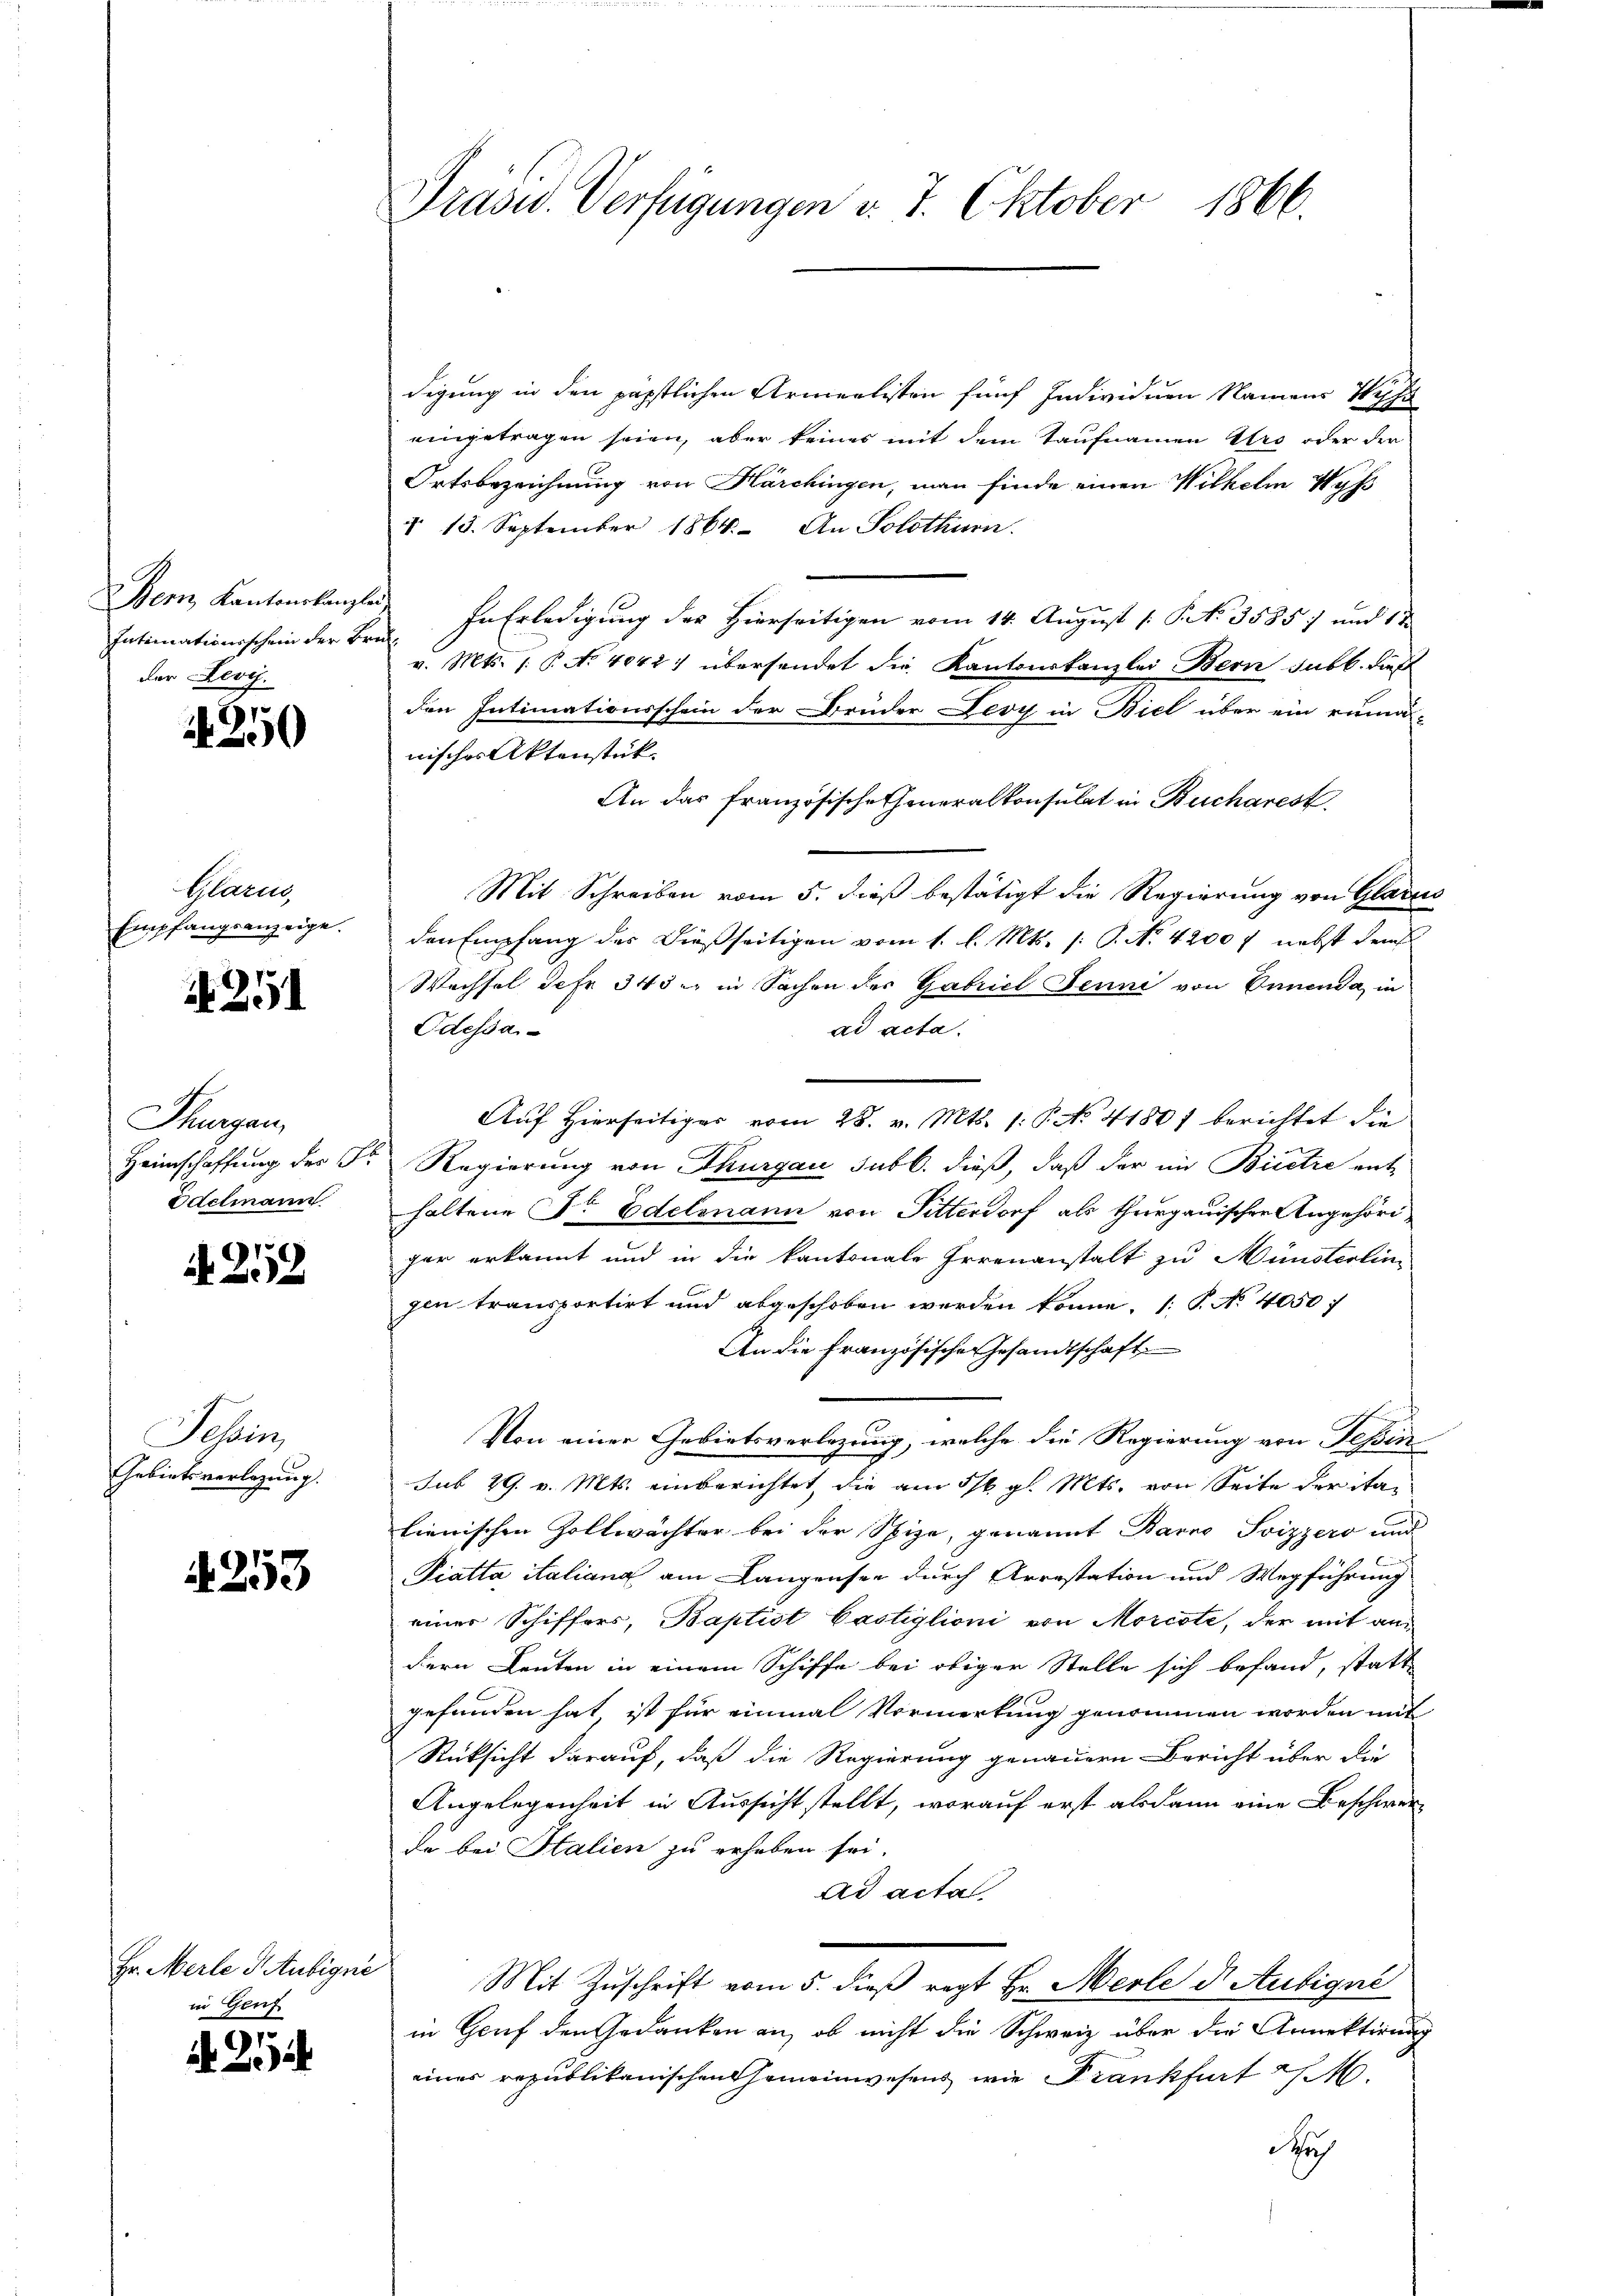
Bern, Kantonskanzle
Intimationsschein der Br.
der Leve

1250

Glarus
Empfangsanzeige.

25

Thurgau,
Heimschaffung des G
Odelmann

A 212

Tessin,
Gebietsverlegung.

A 253

Hr. Merle Haubigne
in Genf

.
2

Präsid. Verfügungen v. 7. Oktober 1866.

digung in den päpstlichen Armeelisten fünf Individuen Namens Wyss
eingetragen seien, aber keines mit dem Taufnamen ro oder der
Ortsbezeichnung von Härchingen, man finde einen Wilhelm Wyß
§. 15. September 1864. An Solothurn.
In Erledigung des Hierseitigen vom 14. August 1 S. 35857 und 12
v. Mts. 1. P. No 4042) übersendet die Kantonskanzlei Bern subl. dies
den Intimationsschein der Brüder Devy in Biel über ein rumä-
nisches Aktenstück
An das Französischeheneralkonsulat in Bucharest
Mit Schreiben vom 5. dieß bestätigt die Regierung von Glarus
den Empfang des dießseitigen vom 1. l. Mts. (: P. Nr. 4200 f nebst dem
Wechsel Jahr 343. in Sachen der Gabricl Jenni von Ennenda in
ad acta.
Odessa
Auf Hierseitiger vom 28. v. Mts. 1. P. No. 41807 berichtet die
Regierung von Thurgau subl. dieß, daß der im Birctre ent-
haltene Sr. Edelmann von Pitterdorf als thurgauischen Angehörigar erkannt und in die kantonale Irrenanstalt zu Münsterlin-
gen transportirt und abgeschoben werden könne. (: P. No 4050;
An die Französischen Gesandtschaft
Von einer Gebietsverlegung, welche die Regierung von Tessin
sub 29. v. Mts. einberichtet, die am 5/6. gl. Mts. von Seite der italienischen Zoltwächter bei der Spiza, genannt Barno Svizzero und
und
Piatta italiana am Langensee durch Arrestation und Wegführung
einer Schiffers, Baptist bastiglioni von Morcote, der mit an
dern Leuten in einem Schiffe bei obiger Stelle sich befand, statt
gefunden hat, ist für einmal Vormerkung genommen worden mit
Rücksicht darauf, daß die Regierung genauern Bericht über die
Angelegenheit in Aussicht stellt, worauf erst alsdann eine Beschwerde bei Stalien zu erheben sei.
Ad acta
Mit Zuschrift vom 5. dieß regt Hr. Merle d. Aubigue
in Hauf den Gedanken an, ob nicht die Schweiz über die Armektirung
einer republikanischen Gemeinwesens wie Krankfurt
Nch